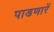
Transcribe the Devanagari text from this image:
पाडणारें